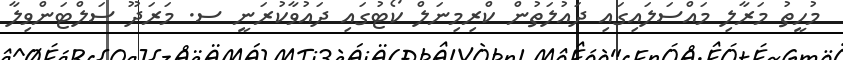
މުހީތު މަރާލި މައްސަލައިގައި ދައުލަތުން ކްރިމިނަލް ކޯޓުގައި ދައުވާކުރަނީ ސ. މަރަދޫ ސަލްޓަންވިލާ